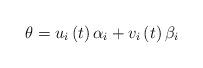
LaTeX: \begin{align*}\theta = u_{i}\left(t\right)\alpha_{i} + v_{i}\left(t\right)\beta_{i}\end{align*}